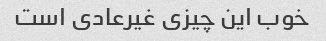
خوب این چیزی غیرعادی است